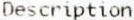
DESCRIPTION